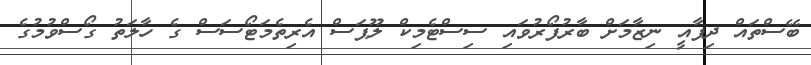
ބޭސްތައް ދިފާއީ ނިޒާމަށް ބާރުފޯރުވައި ސިސްޓެމިކް ލޫޕަސް އެރިތެމަޓޯސަސް ގެ ހާލަތު ގޯސްވުމުގެ